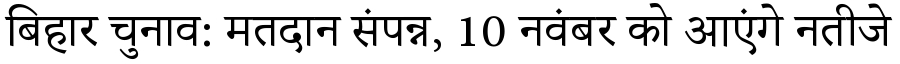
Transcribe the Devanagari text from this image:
बिहार चुनाव: मतदान संपन्न, 10 नवंबर को आएंगे नतीजे